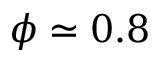
\phi \simeq 0 . 8